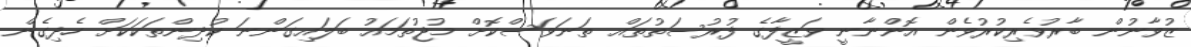
ޒުވާނުން ބާރުވެރިކުރުވެން އޮންނާނީ ވަޒީފާގެ ފުރުސަތުތައް ތަނަވަސްކޮށް މުޖުތަމައު ބަލައިގަންނަ ކުދިންތަކަކަށް ހެދިގެން